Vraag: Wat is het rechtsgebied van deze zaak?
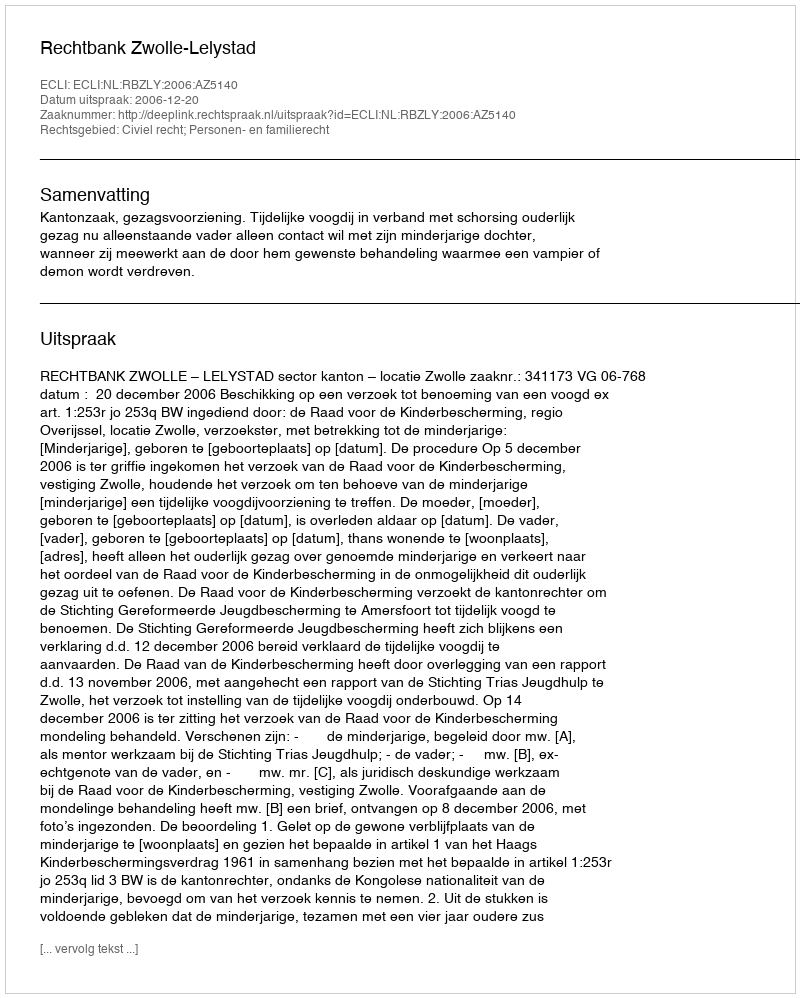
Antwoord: Civiel recht; Personen- en familierecht